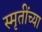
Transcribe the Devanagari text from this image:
स्मृतींच्या